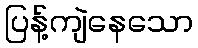
ပြန့်ကျဲနေသော